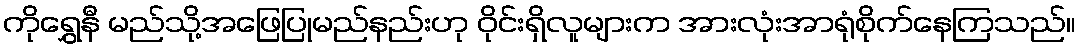
ကိုရွှေနီ မည်သို့အဖြေပြုမည်နည်းဟု ဝိုင်းရှိလူများက အားလုံးအာရုံစိုက်နေကြသည်။